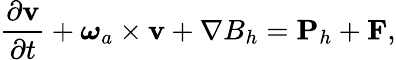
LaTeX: \frac{\partial{\mathbf v}}{\partial t}+\boldsymbol{\omega}_{a}\times{\mathbf v}+\nabla B_{h}={\mathbf P}_{h}+{\mathbf F},